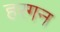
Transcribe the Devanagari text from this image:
हरगन